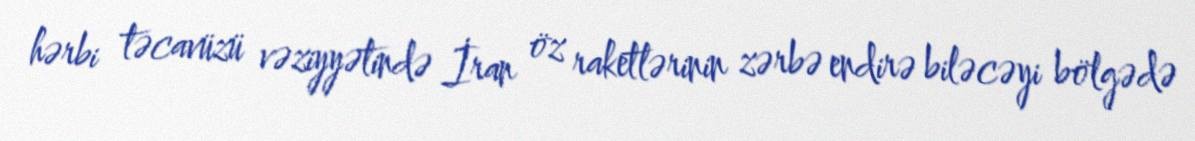
hərbi təcavüzü vəziyyətində İran öz raketlərinin zərbə endirə biləcəyi bölgədə